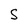
Character: S